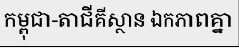
កម្ពុជា-តាជីគីស្ថាន ឯកភាពគ្នា